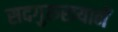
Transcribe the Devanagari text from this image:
सदगुरुरायानें